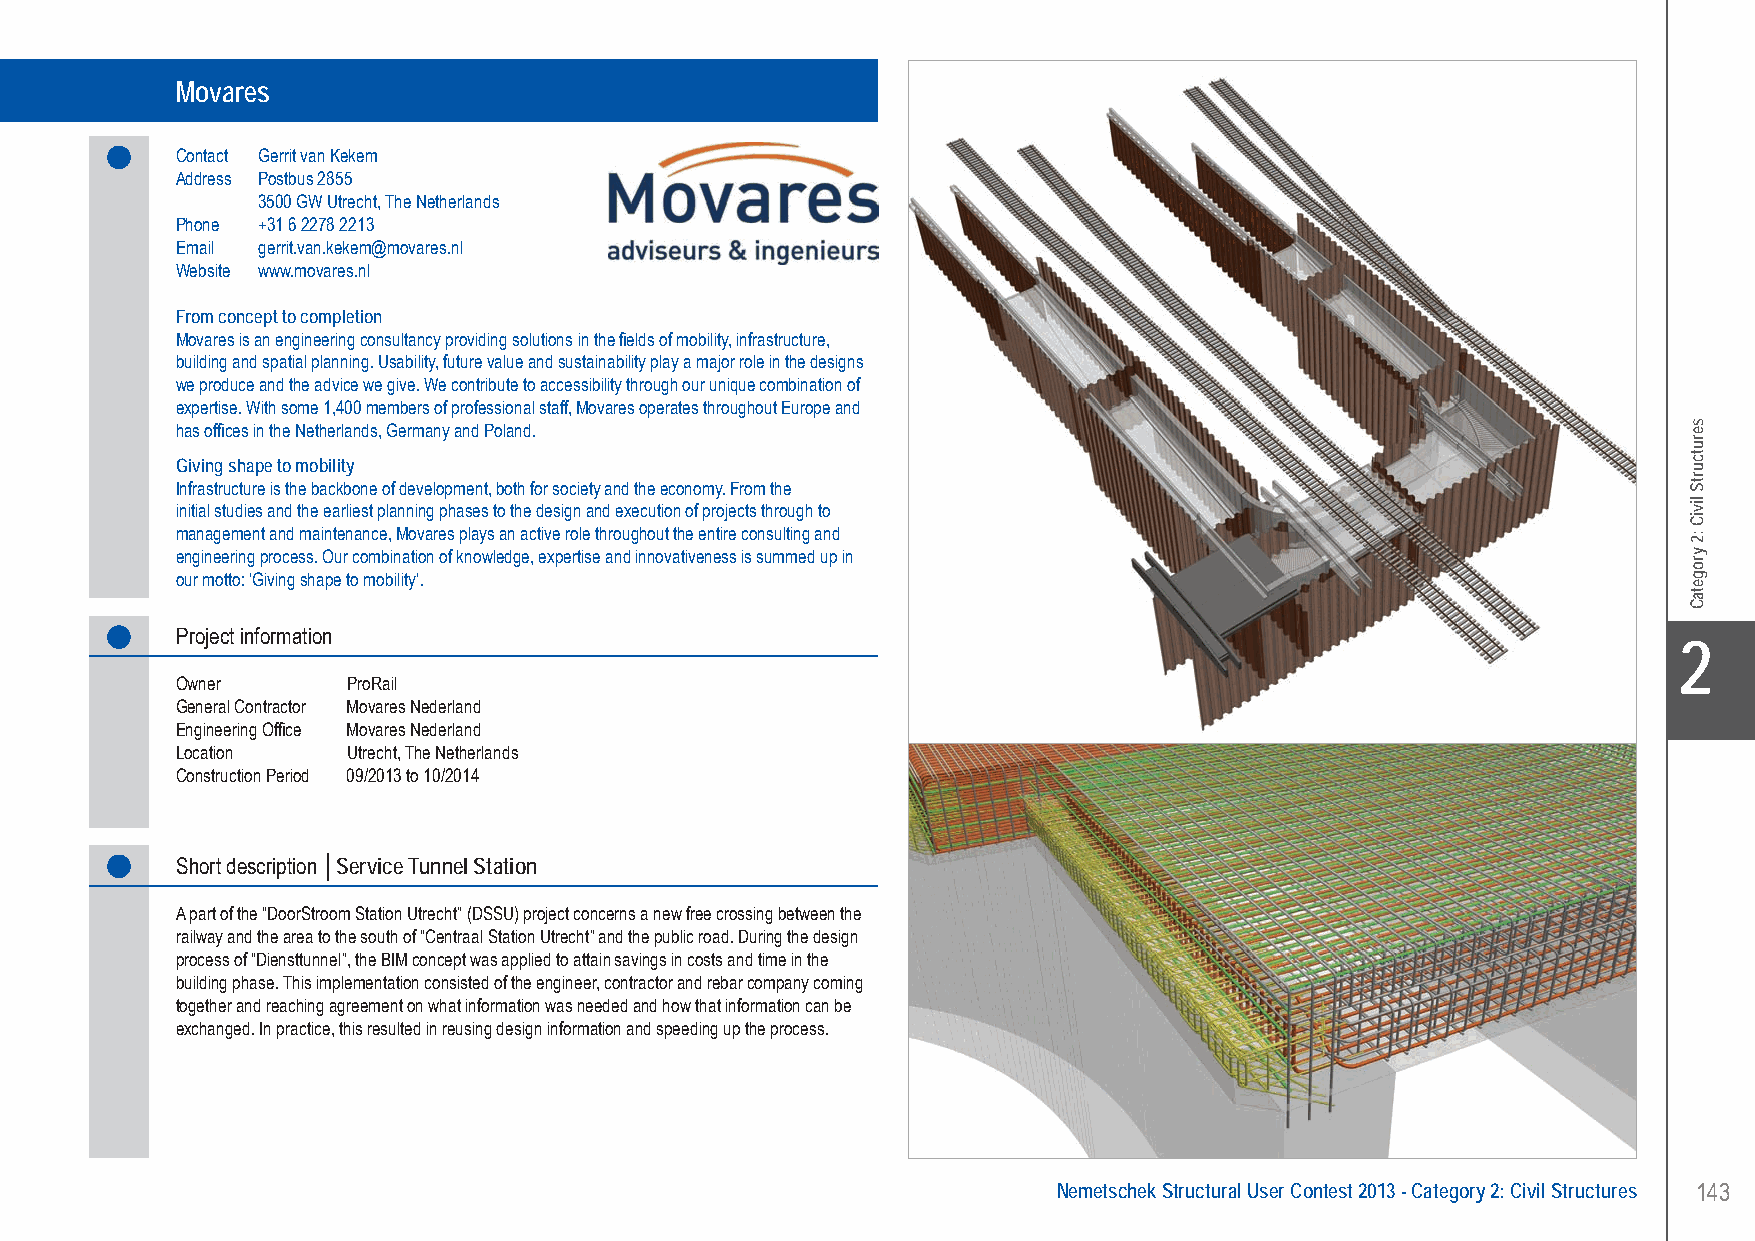
Movares................Service Tunnel Station - Utrecht, The Netherlands
 Movares
 Contact Gerrit van Kekem
 Address Postbus 2855
 3500 GW Utrecht, The Netherlands
 Phone +31 6 2278 2213
 Email gerrit.van.kekem@movares.nl
 Website www.movares.nl
 From concept to completion
 Movares is an engineering consultancy providing solutions in the fields of mobility, infrastructure,
 building and spatial planning. Usability, future value and sustainability play a major role in the designs
 we produce and the advice we give. We contribute to accessibility through our unique combination of
 expertise. With some 1,400 members of professional staff, Movares operates throughout Europe and
 has offices in the Netherlands, Germany and Poland.
 Giving shape to mobility
 Infrastructure is the backbone of development, both for society and the economy. From the
 initial studies and the earliest planning phases to the design and execution of projects through to
 management and maintenance, Movares plays an active role throughout the entire consulting and
 engineering process. Our combination of knowledge, expertise and innovativeness is summed up in
 our motto: ‘Giving shape to mobility’.
 Project information
 X2
 Owner      ProRail
 General Contractor Movares Nederland
 Engineering Office Movares Nederland
 Location   Utrecht, The Netherlands
 Construction Period 09/2013 to 10/2014
 Short description │Service Tunnel Station
 A part of the “DoorStroom Station Utrecht” (DSSU) project concerns a new free crossing between the
 railway and the area to the south of “Centraal Station Utrecht” and the public road. During the design
 process of “Diensttunnel”, the BIM concept was applied to attain savings in costs and time in the
 building phase. This implementation consisted of the engineer, contractor and rebar company coming
 together and reaching agreement on what information was needed and how that information can be
 exchanged. In practice, this resulted in reusing design information and speeding up the process.
 Nemetschek Structural User Contest 2013 - Category 2: Civil Structures 143
 UC-2013-Book-V8.indd 143                                                                                  7/11/2013 12:24:59 PM
 serutcurtS
 liviC
 :2
 yrogetaC